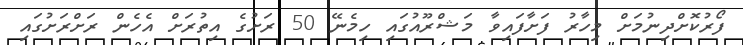
ފޯރުކޮށްދިނުމަށް މިހާރު ފަށާފައިވާ މަޝްރޫއުގައި ހިމެނޭ 50 ރަށުގެ އިތުރަށް އެހެން ރަށްރަށުގައި